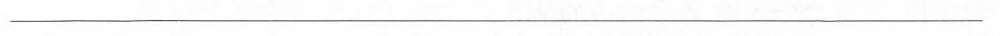
______